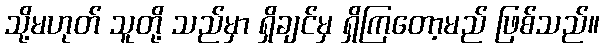
သို့မဟုတ် သူတို့ သည်မှာ ရှိချင်မှ ရှိကြတော့မည် ဖြစ်သည်။